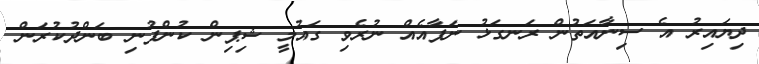
ދިޔައިރު އެ ސިނާއަތުން ރަނގަޅު ނަފާއެއް ނުރެވި ގައުމީ ޝިޕިން ކުންފުނި ބަންދުކުރަން